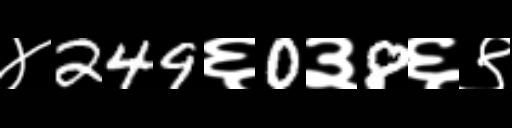
Text: ४249६0३8६९